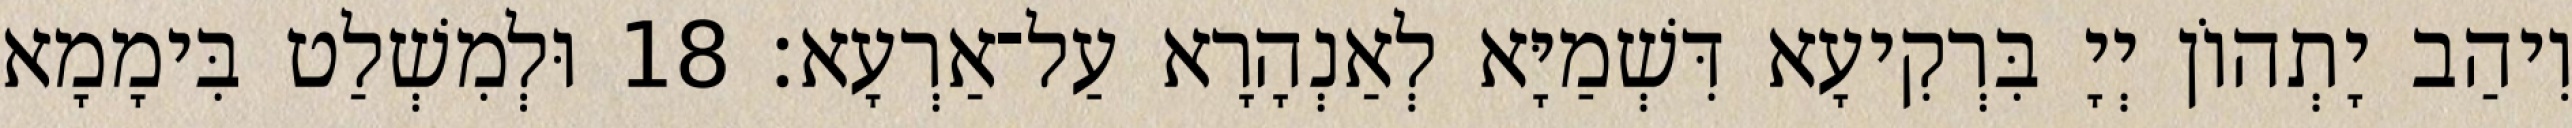
וִיהַב יָתְהוֹן יְיָ בִּרְקִיעָא דִּשְׁמַיָּא לְאַנְהָרָא עַל־אַרְעָא׃ 18 וּלְמִשְׁלַט בִּימָמָא